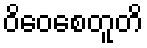
ဝိဝေစေတူတိ